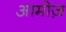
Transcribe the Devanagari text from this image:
आमोज़